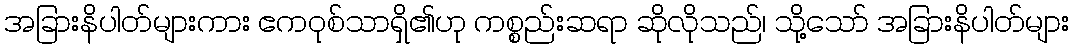
အခြားနိပါတ်များကား ဧကဝုစ်သာရှိ၏ဟု ကစ္စည်းဆရာ ဆိုလိုသည်၊ သို့သော် အခြားနိပါတ်များ